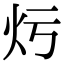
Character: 𤆏